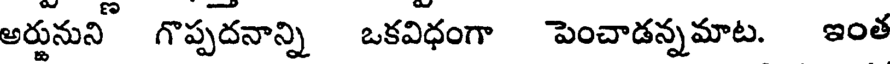
అర్జునుని గొప్పదనాన్ని ఒకవిధంగా పెంచాడన్నమాట. ఇంత